Report of the Indian Hemp Drugs Commission, 1894-1895 - Volume VII
Year: 1894
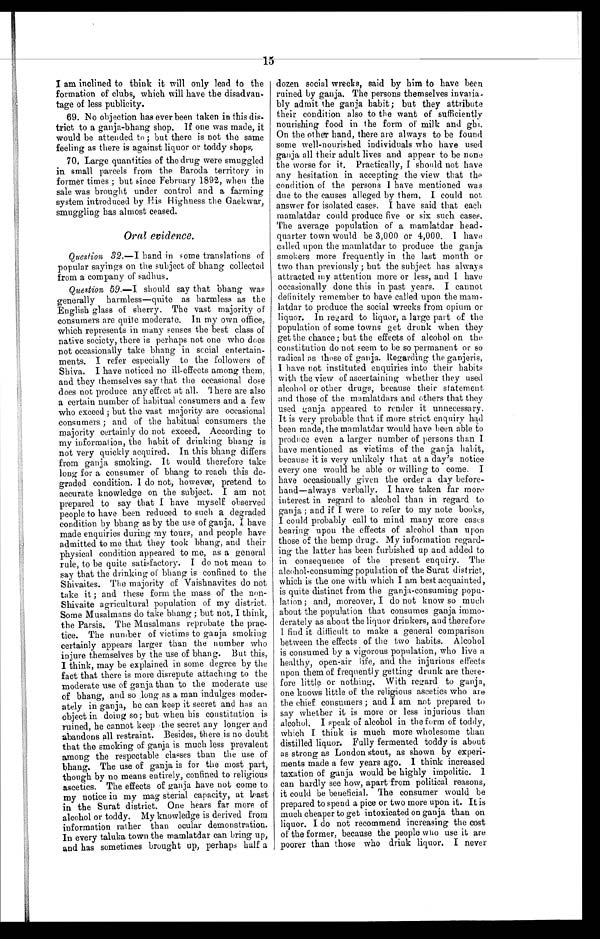
15
I am inclined to think it will only lead to the
formation of clubs, which will have the disadvan
- t a g e o f l e s s p u b l i c i t y .
69. No objection has ever been taken in this dis
-
trict to a ganja-bhang shop. If one was made, it
would be attended to ; but there is not the same
feeling as there is against liquor or toddy shops.
70. Large quantities of the drug were smuggled
in small parcels from the Baroda territory in
former times ; but since February 1892, when the
sale was brought under control and a farming
system introduced by His Highness the Gaekwar,
smuggling has almost ceased.
Oral evidence.
Question 32.—I hand in some translations of
popular sayings on the subject of bhang collected
from a company of sadhus.
Question 59.—I should say that bhang was
generally harmless—quite as harmless as the
English glass of sherry. The vast majority of
consumers are quite moderate. In my own office,
which represents in many senses the best class of
native society, there is perhaps not one who does
not occasionally take bhang in social entertain-
ments. I refer especially to the followers of
Shiva. I have noticed no ill-effects among them,
and they themselves say that the occasional dose
does not produce any effect at all. There are also
a certain number of habitual consumers and a few
who exceed; but the vast majority are occasional
consumers; and of the habitual consumers the
majority certainly do not exceed. According to
my information, the habit of drinking bhang is
not very quickly acquired. In this bhang differs
from ganja smoking. It would therefore take
long for a consumer of bhang to reach this de
-
graded condition. I do not, however, pretend to
accurate knowledge on the subject. I am not
prepared to say that I have myself observed
people to have been reduced to such a degraded
condition by bhang as by the use of ganja. I have
made enquiries during my tours, and people have
admitted to me that they took bhang, and their
physical condition appeared to me, as a general
rule, to be quite satisfactory. I do not mean to
say that the drinking of bhang is confined to the
Shivaites. The majority of Vaishnavites do not
take it; and these form the mass of the non-
Shivaite agricultural population of my district.
Some Musalmans do take bhang ; but not, I think,
the Parsis. The Musalmans reprobate the prac
-
tice. The number of victims to ganja smoking
certainly appears larger than the number who
injure themselves by the use of bhang. But this,
I think, may be explained in some degree by the
fact that there is more disrepute attaching to the
moderate use of ganja than to the moderate use
of bhang, and so long as a man indulges moder
-
ately in ganja, he can keep it secret and has an
object in doing so; but when his constitution is
ruined, he cannot keep the secret any longer and
abandons all restraint. Besides, there is no doubt
that the smoking of ganja is much less prevalent
among the respectable classes than the use of
bhang. The use of ganja is for the most part,
though by no means entirely, confined to religious
ascetics. The effects of ganja have not come to
my notice in my mag sterial capacity, at least
in the Surat district. One hears far more of
alcohol or toddy. My knowledge is derived from
information rather than ocular demonstration.
In every taluka town the mamlatdar can bring up,
and has sometimes brought up, perhaps half a
dozen social wrecks, said by him to have been
ruined by ganja. The persons themselves invaria
-bly admit the ganja habit; but they attribute
their condition also to the want of sufficiently
nourishing food in the form of milk and ghi.
On the other hand, there are always to be found
some well-nourished individuals who have used
ganja all their adult lives and appear to be none
the worse for it. Practically, I should not have
any hesitation in accepting the view that the
condition of the persons I have mentioned was
due to the causes alleged by them. I could not
answer for isolated cases. I have said that each
mamlatdar could produce five or six such cases.
The average population of a mamlatdar head
-
quarter town would be 3,000 or 4,000. I have
called upon the mamlatdar to produce the ganja
smokers more frequently in the last month or
two than previously ; but the subject has always
attracted my attention more or less, and I have
occasionally done this in past years. I cannot
definitely remember to have called upon the mam
-
latdar to produce the social wrecks from opium or
liquor. In regard to liquor, a large part of the
population of some towns get drunk when they
get the chance ; but the effects of alcohol on the
constitution do not seem to be so permanent or so
radical as those of ganja. Regarding the ganjeris,
I have not instituted enquiries into their habits
with the view of ascertaining whether they used
alcohol or other drugs, because their statement
and those of the mamlatdars and others that they
used ganja appeared to render it unnecessary.
It is very probable that if more strict enquiry had
been made, the mamlatdar would have been able to
produce even a larger number of persons than I
have mentioned as victims of the ganja habit,
because it is very unlikely that at a day's notice
every one would be able or willing to come.
I
have occasionally given the order a day before
-
hand—always verbally. I have taken far more
interest in regard to alcohol than in regard to
ganja ; and if I were to refer to my note books,
I could probably call to mind many more cases
bearing upon the effects of alcohol than upon
those of the hemp drug. My information regard-
ing the latter has been furbished up and added to
in consequence of the present enquiry. The
alcohol-consuming population of the Surat district,
which is the one with which I am best acquainted,
is quite distinct from time ganja-consuming popu
-
lation ; and, moreover, I do not know so much
about the population that consumes ganja immo
-
derately as about the liquor drinkers, and therefore
I find it difficult to make a general comparison
between the effects of the two habits. Alcohol
is consumed by a vigorous population, who live a
healthy, open-air life, and the injurious effects
upon them of frequently getting drunk are there
-
fore little or nothing. With regard to ganja,
one knows little of the religious ascetics who are
the chief consumers ; and I am not prepared to
say whether it is more or less injurious than
alcohol. I speak of alcohol in the form of toddy,
which I think is much more wholesome than
distilled liquor. Fully fermented toddy is about
as strong as London stout, as shown by experi
-
ments made a few years ago. I think increased
taxation of ganja would be highly impolitic. I
can hardly see how, apart from political reasons,
it could be beneficial. The consumer would be
prepared to spend a pice or two more upon it. It is
much cheaper to get intoxicated on ganja than on
liquor. I do not recommend increasing the cost
of the former, because the people who use it are
poorer than those who drink liquor. I never